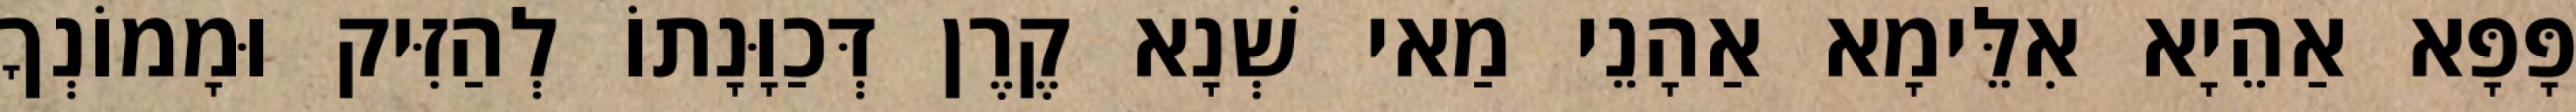
פָּפָּא אַהֵיָא אִלֵּימָא אַהָנֵי מַאי שְׁנָא קֶרֶן דְּכַוָּנָתוֹ לְהַזִּיק וּמָמוֹנְךָ